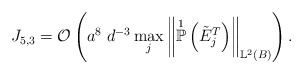
\begin{align*}J_{5,3} = \mathcal{O}\left( a^{8} \; d^{-3} \max_{j} \left\Vert \overset{1}{\mathbb{P}}\left( \tilde{E}^{T}_j\right) \right\Vert_{\mathbb{L}^{2}(B)} \right).\end{align*}